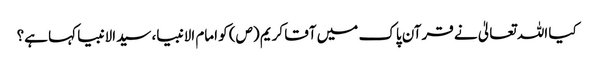
کیا اللہ تعالیٰ نے قرآن پاک میں آقا کریم (ص) کو امام الانبیا، سیدالانبیا کہا ہے؟